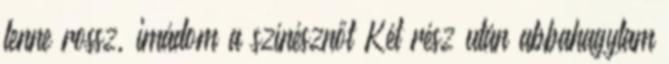
lenne rossz, imádom a színésznőt Két rész után abbahagytam